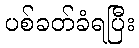
ပစ်ခတ်ခံရပြီး